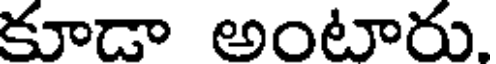
కూడా అంటారు.